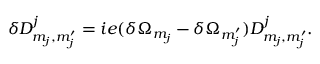
\delta { \cal D } _ { m _ { j } , m _ { j } ^ { \prime } } ^ { j } = i e ( \delta \Omega _ { m _ { j } } - \delta \Omega _ { m _ { j } ^ { \prime } } ) { \cal D } _ { m _ { j } , m _ { j } ^ { \prime } } ^ { j } .